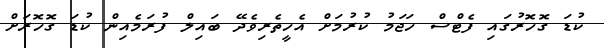
ކުޑަ ގޮހޮރުގައި ފެޓްސް ހަޖަމު ކުރުމަށް އެހީތެރިވެދޭ ބައިލް ފުރަމެއިން ކުޑަ ގޮހޮރަށް